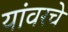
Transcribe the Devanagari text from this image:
यांवरचे